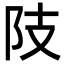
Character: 𨸠